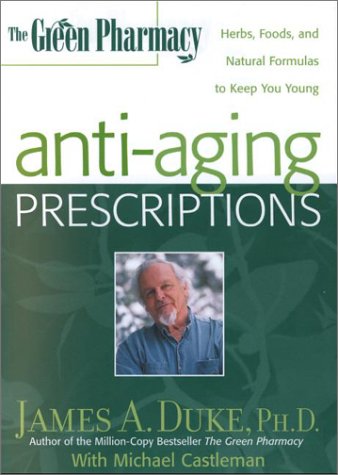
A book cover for The Green Pharmacy Anti-Aging Prescriptions: Herbs, Foods, and Natural Formulas to Keep You Young; James A. Duke; Health, Fitness & Dieting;